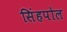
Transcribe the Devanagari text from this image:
सिंहपोल